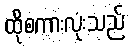
ထိုစကားလုံးသည်